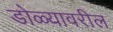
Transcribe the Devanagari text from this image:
डोळ्यावरील